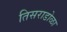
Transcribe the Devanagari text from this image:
तिसराडोळा